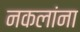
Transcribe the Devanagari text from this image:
नकलांना